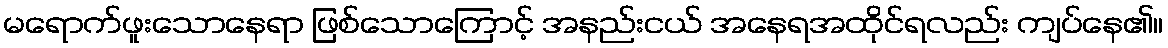
မရောက်ဖူးသောနေရာ ဖြစ်သောကြောင့် အနည်းငယ် အနေရအထိုင်ရလည်း ကျပ်နေ၏။